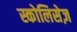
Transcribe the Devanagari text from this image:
स्कोलिसेज़